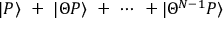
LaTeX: | P \rangle \ + \ | \Theta P \rangle \ + \ \cdots \ + | \Theta ^ { N - 1 } P \rangle